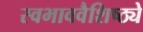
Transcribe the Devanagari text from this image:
स्वभाववैशिष्ठ्ये